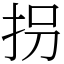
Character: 拐